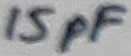
Text: 15pF